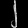
Digit: ၂